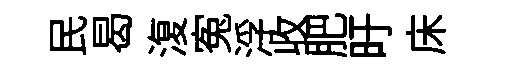
民曷𣸪寃浮收肥旴床